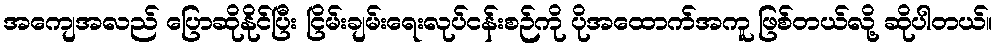
အကျေအလည် ပြောဆိုနိုင်ပြီး ငြိမ်းချမ်းရေးလုပ်ငန်းစဉ်ကို ပိုအထောက်အကူ ဖြစ်တယ်လို့ ဆိုပါတယ်။